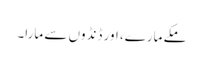
مکے مارے، اور ڈنڈوں سے مارا۔